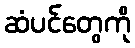
ဆံပင်တွေကို